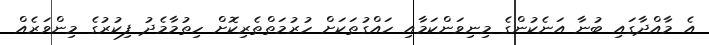
އެ މާއްދާގައި ބުނާ އަނެކުންގެ މިނިވަންކަމާއި ހައްގުތަކަށް ހުރުމަތްތެރިކޮށް ހިތުމާމެދު ފިކުރުގެ މިންވަރެއް